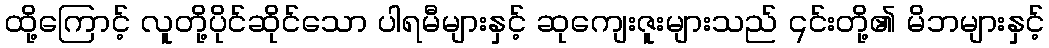
ထို့ကြောင့် လူတို့ပိုင်ဆိုင်သော ပါရမီများနှင့် ဆုကျေးဇူးများသည် ၎င်းတို့၏ မိဘများနှင့်